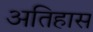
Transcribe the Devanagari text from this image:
अतिहास